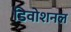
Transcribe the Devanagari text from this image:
डिवोशनल